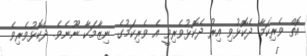
އޮތް ވެރިކަމާ ދެކޮޅުވި އިރު ދެކޮޅުވެރިވީ އެ ވެރިކަމުގެ ނިޒާމަކާ ނޫނެވެ. ދެކޮޅުވެރިވެ